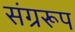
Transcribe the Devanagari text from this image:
संग्ररूप